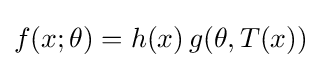
f(x;\theta )=h(x)\,g(\theta ,T(x))